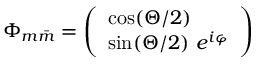
\Phi _ { m \bar { m } } = \left( \begin{array} { l } { { \cos ( \Theta / 2 ) } } \\ { { \sin ( \Theta / 2 ) ~ e ^ { i \varphi } } } \end{array} \right)